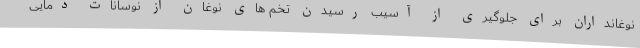
نوغانداران برای جلوگیری از آسیب رسیدن تخم های نوغان از نوسانات دمایی